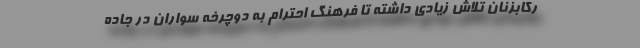
رکابزنان تلاش زیادی داشته تا فرهنگ احترام به دوچرخه سواران در جاده